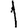
Digit: 1